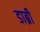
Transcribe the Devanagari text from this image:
डाब्री